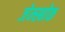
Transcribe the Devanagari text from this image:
जेम्स्बोक